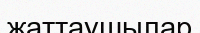
жаттаушылар